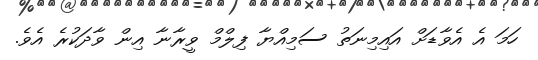
ހަމަ އެ އެވާޑަށް އައިމިނަތު ސަމިއްޔާ ފިލްމް ވީރާނާ އިން ވާދަކުރެ އެވެ.